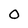
Character: 0